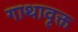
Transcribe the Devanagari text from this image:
गाथावृक्त